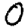
Digit: 0